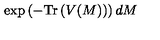
\exp \left( - \mathrm { T r } \left( V ( M ) \right) \right) d M